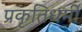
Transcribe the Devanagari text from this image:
प्रकृतिधर्मी